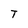
Character: T